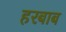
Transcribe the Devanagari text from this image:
हरबाब